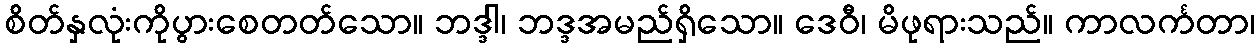
စိတ်နှလုံးကိုပွားစေတတ်သော။ ဘဒ္ဒါ၊ ဘဒ္ဒအမည်ရှိသော။ ဒေဝီ၊ မိဖုရားသည်။ ကာလင်္ကတာ၊